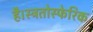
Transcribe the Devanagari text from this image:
है।स्त्रतोस्फेरिक